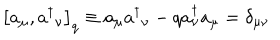
LaTeX: { } \left[ a _ { \mu } , a { ^ \dagger } { _ \nu } \right] _ { q } \equiv a _ { \mu } a { ^ \dagger } _ { \nu } - q a _ { \nu } ^ { \dagger } a _ { \mu } = \delta _ { \mu \nu }